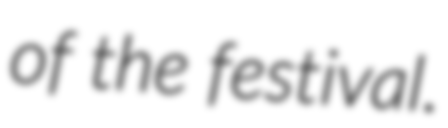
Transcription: of the festival.